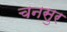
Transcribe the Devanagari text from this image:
चनसुर